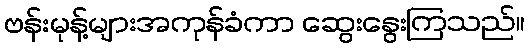
ဗန်းမုန့်များအကုန်ခံကာ ဆွေးနွေးကြသည်။